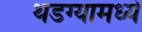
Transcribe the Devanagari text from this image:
थडग्यामध्ये